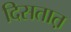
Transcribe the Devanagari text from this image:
दिसतात़